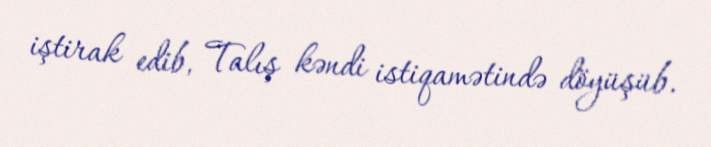
iştirak edib, Talış kəndi istiqamətində döyüşüb.